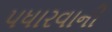
પધારવાની